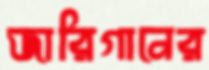
জারিগানের